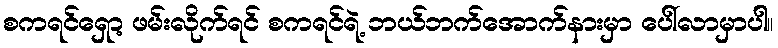
စကရင်ရှော့ ဖမ်းလိုက်ရင် စကရင်ရဲ့ ဘယ်ဘက်အောက်နားမှာ ပေါ်လာမှာပါ။